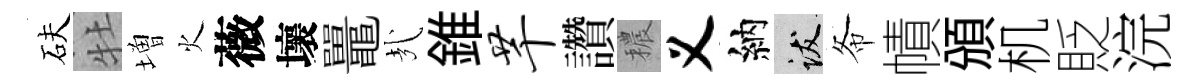
砆牡増火薇壞鼉㢤錐芊讚穠义納跋𢁙幘頒机貶浣